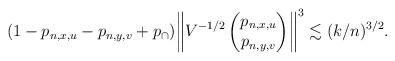
LaTeX: \begin{align*}(1-p_{n,x,u}-p_{n,y,v}+p_\cap) \biggl\|V^{-1/2} \begin{pmatrix} p_{n,x,u} \\ p_{n,y,v} \end{pmatrix} \biggr\|^{3} \lesssim (k/n)^{3/2}.\end{align*}